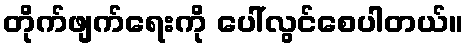
တိုက်ဖျက်ရေးကို ပေါ်လွင်စေပါတယ်။